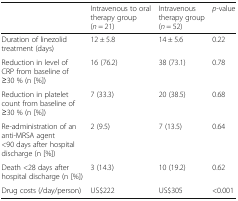
<table><thead><tr><td></td><td><b>Intravenous to oral therapy group(<i>n</i> = 21)</b></td><td><b>Intravenous therapy group(<i>n</i> = 52)</b></td><td><b><i>p-</i>value</b></td></tr></thead><tbody><tr><td>Duration of linezolid treatment (days)</td><td>12 ± 5.8</td><td>14 ± 5.6</td><td>0.22</td></tr><tr><td>Reduction in level of CRP from baseline of ≥30 % (n [%])</td><td>16 (76.2)</td><td>38 (73.1)</td><td>0.78</td></tr><tr><td>Reduction in platelet count from baseline of ≥30 % (n [%])</td><td>7 (33.3)</td><td>20 (38.5)</td><td>0.68</td></tr><tr><td>Re-administration of an anti-MRSA agent &lt;90 days after hospital discharge (n [%])</td><td>2 (9.5)</td><td>7 (13.5)</td><td>0.64</td></tr><tr><td>Death &lt;28 days after hospital discharge (n [%])</td><td>3 (14.3)</td><td>10 (19.2)</td><td>0.62</td></tr><tr><td>Drug costs (/day/person)</td><td>US$222</td><td>US$305</td><td>&lt;0.001</td></tr></tbody></table>